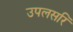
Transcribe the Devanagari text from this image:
उपलसरि